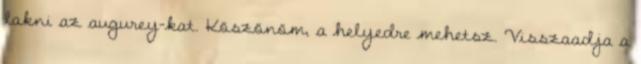
lakni az augurey-kat. Köszönöm, a helyedre mehetsz. Visszaadja a